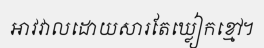
អាវវាលដោយសារតែឃ្លៀកខ្មៅ។